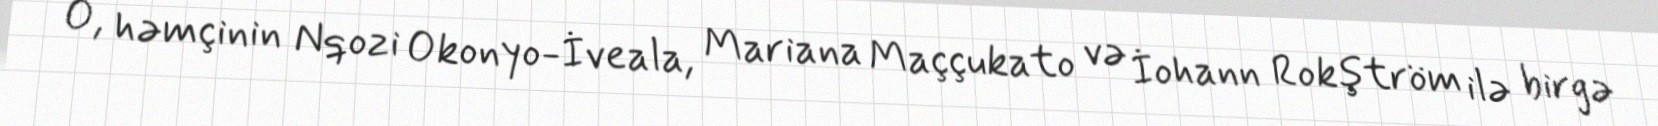
O, həmçinin Nqozi Okonyo-İveala, Mariana Maççukato və İohann Rokştröm ilə birgə